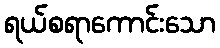
ရယ်စရာကောင်းသော